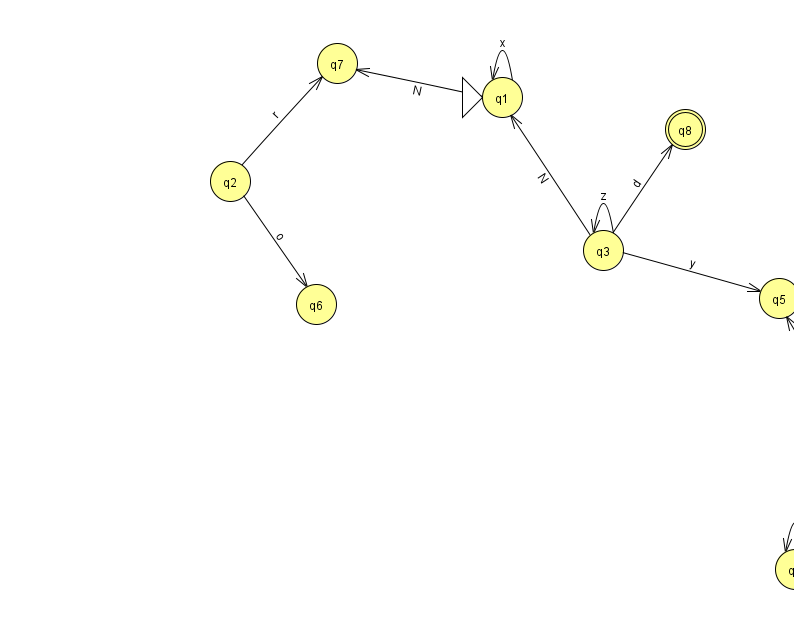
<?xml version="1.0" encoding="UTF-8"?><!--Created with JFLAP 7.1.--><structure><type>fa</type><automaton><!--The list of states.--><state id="0" name="q0"><x>861.0</x><y>425.0</y></state><state id="1" name="q1"><x>502.0</x><y>84.0</y><initial/></state><state id="2" name="q2"><x>230.0</x><y>168.0</y></state><state id="3" name="q3"><x>603.0</x><y>237.0</y></state><state id="4" name="q4"><x>795.0</x><y>556.0</y></state><state id="5" name="q5"><x>779.0</x><y>285.0</y></state><state id="6" name="q6"><x>316.0</x><y>291.0</y></state><state id="7" name="q7"><x>337.0</x><y>50.0</y></state><state id="8" name="q8"><x>685.0</x><y>116.0</y><final/></state><!--The list of transitions.--><transition><from>2</from><to>6</to><read>o</read></transition><transition><from>0</from><to>5</to><read>l</read></transition><transition><from>4</from><to>4</to><read>f</read></transition><transition><from>0</from><to>4</to><read>x</read></transition><transition><from>1</from><to>1</to><read>x</read></transition><transition><from>3</from><to>5</to><read>y</read></transition><transition><from>3</from><to>3</to><read>z</read></transition><transition><from>3</from><to>1</to><read>N</read></transition><transition><from>2</from><to>7</to><read>r</read></transition><transition><from>3</from><to>8</to><read>d</read></transition><transition><from>1</from><to>7</to><read>N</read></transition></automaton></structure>